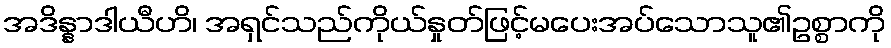
အဒိန္နာဒါယီဟိ၊ အရှင်သည်ကိုယ်နှုတ်ဖြင့်မပေးအပ်သောသူ၏ဥစ္စာကို